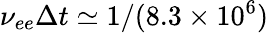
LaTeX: \nu_{ee}\Delta t\simeq 1/(8.3\times 10^{6})